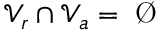
\mathcal { V } _ { r } \cap \mathcal { V } _ { a } = \mathrm { ~ \O ~ }